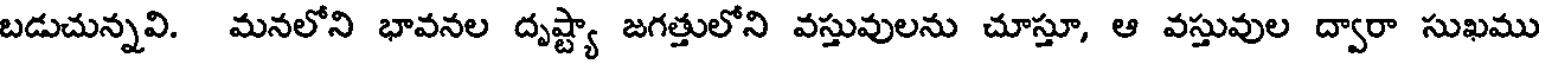
బడుచున్నవి. మనలోని భావనల దృష్ట్యా జగత్తులోని వస్తువులను చూస్తూ, ఆ వస్తువుల ద్వారా సుఖము